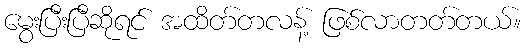
မွေးပြီးပြီဆိုရင် အထိတ်တလန့် ဖြစ်လာတတ်တယ်။